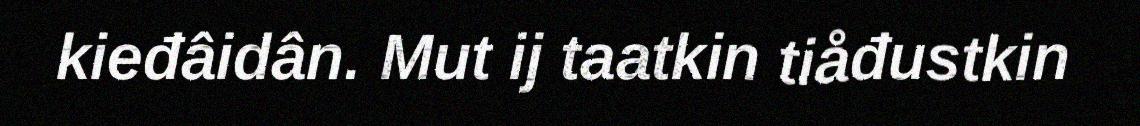
kieđâidân. Mut ij taatkin tiåđustkin